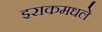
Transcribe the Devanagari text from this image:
इराकमधले